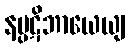
နပ္ပဋိဘာယေယျ